Lunatic asylums Madras 1877-1891 - 1877-1891
Year: 1877
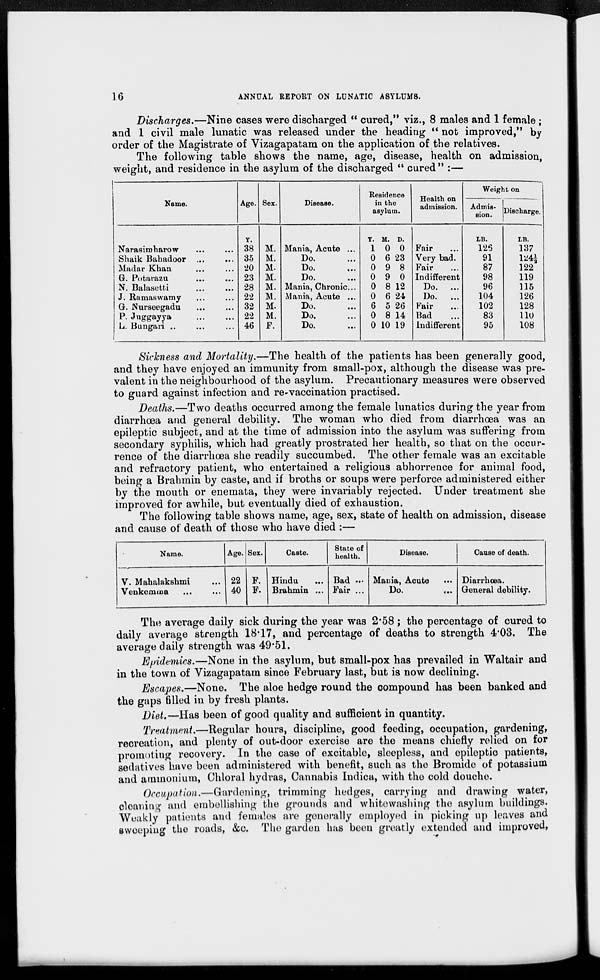
16
ANNUAL REPORT ON LUNATIC ASYLUMS.
Discharges.—Nine cases were discharged " cured,'' viz., 8 males and 1 female;
and 1 civil male lunatic was released under the heading " not improved," by
order of the Magistrate of Vizagapatam on the application of the relatives.
The following table shows the name, age, disease, health on admission,
weight, and residence in the asylum of the discharged " cured" :—
Name.
Narasiraharow... ...
Shaik Bahadoor
...
...
Madar Khan... ...
G. Potarazu... ...
N. Balasetti... ...
J. Ramaswamy... ...
G. Nurseegadu... ...
P. Juggayya
...
...
L. Bungari ... ...
Age.
Y.
38
35
20
23
28
22
32
22
46
Sex.
M.
M.
M.
M.
M.
M.
M.
M.
F.
Disease.
Mania, Acute ...
Do. ...
Do.
...
Do. ...
Mania, Chronic...
Mania, Acute ...
Do. ...
Do. ...
Do. ...
Residence
in the
asylum.
Y.
1
0
0
0
0
0
6
0
0
M.
0
6
9
9
8
6
5
8
10
D.
0
23
8
0
12
24
26
14
19
Health on
admission.
Fair ...
Very bad.
Fair ...
Indifferent
Do. ...
Do. ...
Fair
...
Bad ...
Indifferent
Weight on
Admis-
sion.
LB.
126
91
87
98
96
104
102
83
95
Discharge.
LB.
137
124 ½
122
119
115
126
128
110
108
Sickness and Mortality.—The health of the patients has been generally good,
and they have enjoyed an immunity from small-pox, although the disease was pre-
valent in the neighbourhood of the asylum. Precautionary measures were observed
to guard against infection and re-vaccination practised.
Deaths.—Two deaths occurred among the female lunatics during the year from
diarrhoea and general debility. The woman who died from diarrhœa was an
epileptic subject, and at the time of admission into the asylum was suffering from
secondary syphilis, which had greatly prostrated her health, so that on the occur-
rence of the diarrhœa she readily succumbed. The other female was an excitable
and refractory patient, who entertained a religious abhorrence for animal food,
being a Brahmin by caste, and if broths or soups were perforce administered either
by the mouth or enemata, they were invariably rejected. Under treatment she
improved for awhile, but eventually died of exhaustion.
The following table shows name, age, sex, state of health on admission, disease
and cause of death of those who have died :—
Name.
V. Mahalakshmi...
Venkemma
...
...
Age.
22
40
Sex.
F.
F.
Caste.
Hindu ...
Brahmin ...
State of
health.
Bad ...
Fair ...
Disease.
Mania, Acute
Do.
...
Cause of death.
Diarrhœa.
General debility.
The average daily sick during the year was 2.58; the percentage of cured to
daily average strength 18.17, and percentage of deaths to strength 4.03. The
average daily strength was 49.51.
Epidemics.—None in the asylum, but small-pox has prevailed in Waltair and
in the town of Vizagapatam since February last, but is now declining.
Escapes.—None. The aloe hedge round the compound has been banked and
the gaps fi11ed in by fresh plants.
Diet.—Has been of good quality and sufficient in quantity.
Treatment.—Regular hours, discipline, good feeding, occupation, gardening,
recreation, and plenty of out-door exercise are the means chiefly relied on for
promoting recovery. In the case of excitable, sleepless, and epileptic patients,
sedatives have been administered with benefit, such as the Bromide of potassium
and ammonium, Chloral hydras, Cannabis Indica, with the cold douche.
Occupation.—Gardening, trimming hedges, carrying and drawing water,
cleaning and embellishing the grounds and whitewashing the asylum buildings.
Weakly patients and females are generally employed in picking up leaves and
sweeping the roads, &c. The garden has been greatly extended and improved,